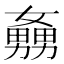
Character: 𡣡